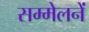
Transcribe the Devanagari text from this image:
सम्मेलनें